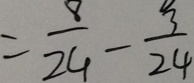
= \frac { 8 } { 2 4 } - \frac { 3 } { 2 4 }